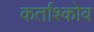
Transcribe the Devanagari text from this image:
कर्ताश्कोव